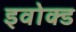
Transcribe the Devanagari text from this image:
इवोक्ड